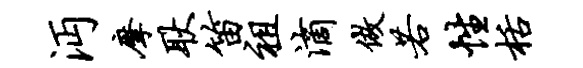
沔摩耿笛祖滴做若性栝